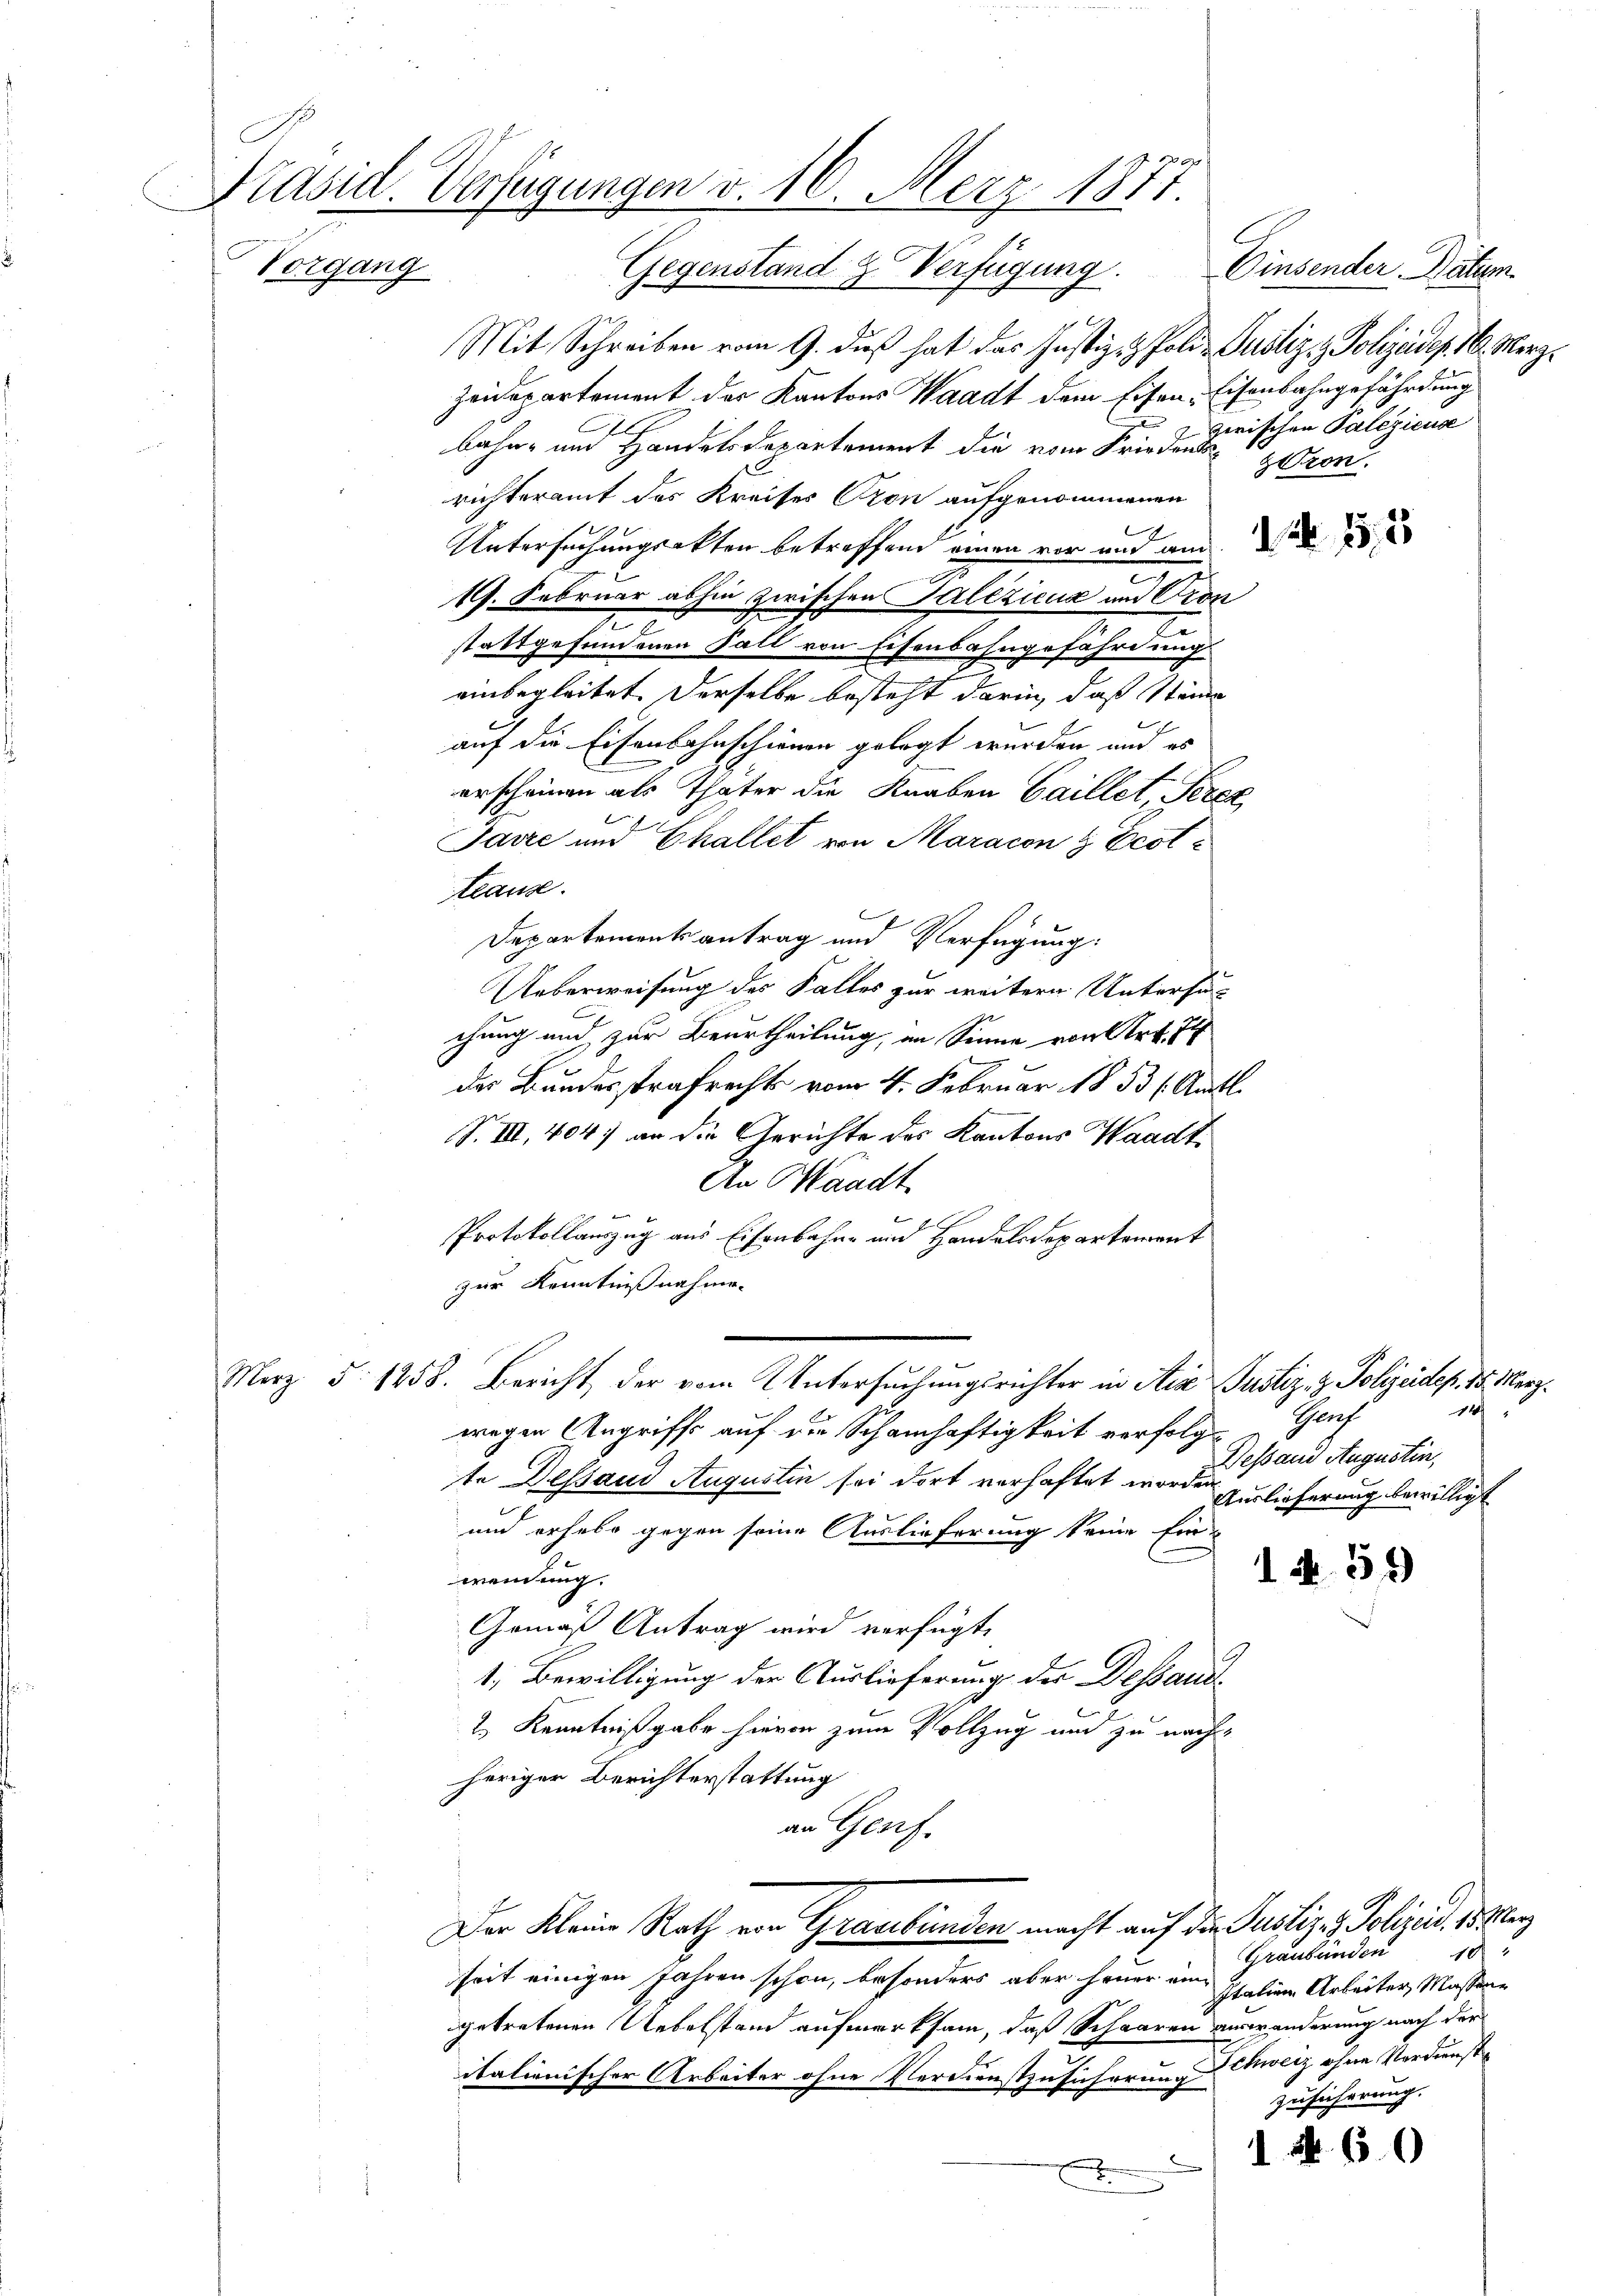
Präsid. Verfügungen v. 16. Merz 1877
Vorgang
Gegenstand z. Verfügung.

Mit Schreiben vom 9. daß hat das Justiz- & Poli- Justiz & Polizeides. 16. Merz,
Zeidepartement der Kantons Waadt dem Eisen-Eisenbahngefährdung
bahn- und Handels Departement die vom Fried zwischen Palezicus
richteramt des Kreises Cron aufgenommenen
Untersuchungsakten betreffend einen vor und am
19. Februar abhin zwischen Talezicuz und Pron
stattgefundenen Fall von Eisenbahngefährdung
einbegleitet. Derselbe besteht darin, daß Stände
auf die Eisenbahnschienen gelegt werden und es
erscheinen als Thäter die Knaben Gaillet Seren,
Jarre und Challet von Maracon & Ecottause.
6
Departementsantrag und Verfügung:
Ueberweisung des Falles zur weitern Untersuc
chung und zur Beurtheilung, an Sinne von Art. 74
.
des Bundesstrafrechts vom 4. Februar 1853 (Amtl.
S. III, 404) an die Gerichte des Kantons Waadt
An Waadt
Protokollauszug aus Eisenbahne und Handelsdepartement
zur Kenntnißnahme.
Merz d. 1458. Bericht, der vom Untersuchungsrichter in Ster Justiz- & Polizeidep. 15. Merz¬
4
Prof
wegen Angriff auf die Schamhaftigkeit verfolg¬
Dessand Augustin,
te Dessand Augustin sei dort verhaftet worden zur lieferung bewilligt
und erhebe gegen seine Auslieferung keine Ein-
1 N. 51
wendung.
Gemäß Antrag wird verfügte,
1. Bewilligung der Auslieferung der Dessand¬
2.) Kenntnißgabe hievon zum Vollzug und zu nachheriger Berichterstattung
an Genf.
Der Kleine Rath von Graubünden macht auf die Justiz & Polizeil, 15 Mey
Graubünden
10
seit einigen Jahren schon, besonders aber feuer eine
Italien Arbeiter, Massene
getretenen Uebelstand aufmerksam, daß Schaaren verwanderung nach der
italienischer Arbeiter ohne Verdienstzusicherung chweiz ohne Verdienste
Zusicherung.
1 Nr. 60
D

zron.

Einsender Datum.